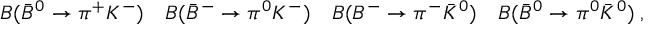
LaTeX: { \cal B } ( { \bar { B } } ^ { 0 } \to \pi ^ { + } K ^ { - } ) \quad { \cal B } ( { \bar { B } } ^ { - } \to \pi ^ { 0 } K ^ { - } ) \quad { \cal B } ( B ^ { - } \to \pi ^ { - } { \bar { K } } ^ { 0 } ) \quad { \cal B } ( { \bar { B } } ^ { 0 } \to \pi ^ { 0 } { \bar { K } } ^ { 0 } ) \; , \quad